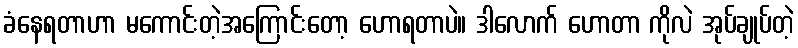
ခံနေရတာဟာ မကောင်းတဲ့အကြောင်းတော့ ဟောရတာပဲ။ ဒါလောက် ဟောတာ ကိုလဲ အုပ်ချုပ်တဲ့